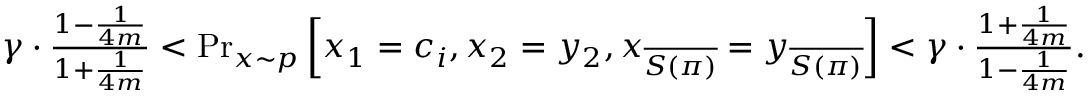
\begin{array} { r } { \gamma \cdot \frac { 1 - \frac { 1 } { 4 m } } { 1 + \frac { 1 } { 4 m } } < \operatorname* { P r } _ { x \sim p } \left[ x _ { 1 } = c _ { i } , x _ { 2 } = y _ { 2 } , x _ { \overline { { S ( \pi ) } } } = y _ { \overline { { S ( \pi ) } } } \right] < \gamma \cdot \frac { 1 + \frac { 1 } { 4 m } } { 1 - \frac { 1 } { 4 m } } . } \end{array}